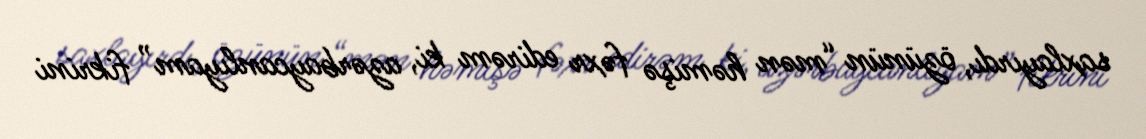
saxlayırdı, özünün “mən həmişə fəxr edirəm ki, azərbaycanlıyam” fikrini